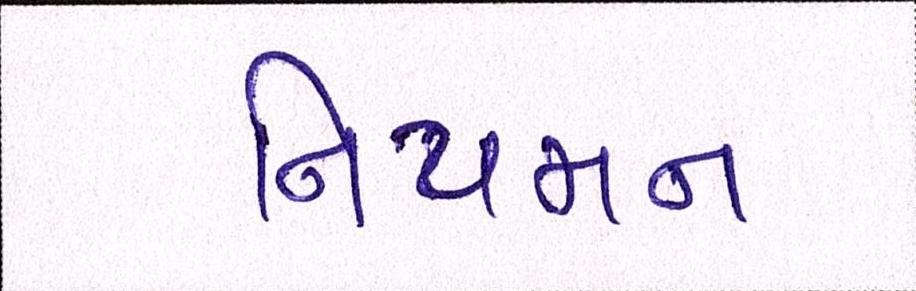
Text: નિયમન